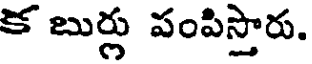
క బుర్లు పంపిస్తారు.